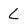
Character: L